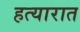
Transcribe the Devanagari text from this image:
हत्यारात